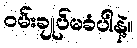
ဝမ်းချုပ်မခံပါနဲ့။